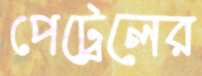
পেট্রেলের